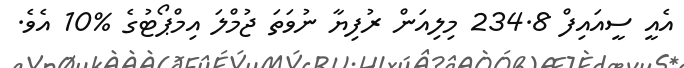
އެއީ ސީއައިފް 234.8 މިލިއަން ރުފިޔާ ނުވަތަ ޖުމްލަ އިމްޕޯޓުގެ %10 އެވެ.